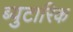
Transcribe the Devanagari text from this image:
ब्युटारिक